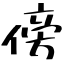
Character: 傍